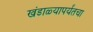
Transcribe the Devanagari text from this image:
खंडाळ्यापर्यंतचा